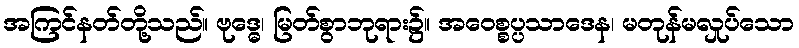
အကြင်နတ်တို့သည်။ ဗုဒ္ဓေ၊ မြတ်စွာဘုရား၌။ အဝေစ္စပ္ပသာဒေန၊ မတုန်မလှုပ်သော